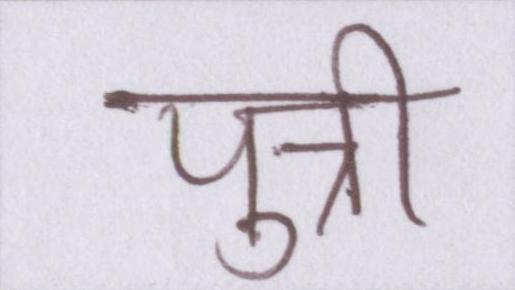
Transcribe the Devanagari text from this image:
पुत्री